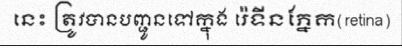
នេះ ត្រូវបានបញ្ជូនទៅក្នុង រ៉េទីនភ្នែក(retina)